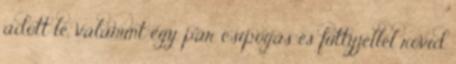
adott le, valamint egy pár csipogás és füttyjellel rövid